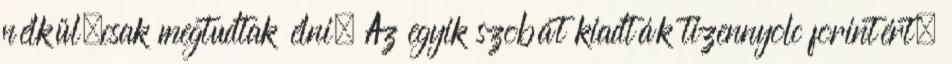
nélkül—csak megtudtak élni. Az egyik szobát kiadták tizennyolc forintért.